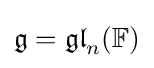
{\mathfrak {g}}={\mathfrak {gl}}_{n}(\mathbb {F} )